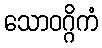
သောဝဂ္ဂိကံ